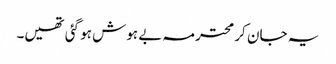
یہ جان کر محترمہ بے ہوش ہو گئی تھیں۔